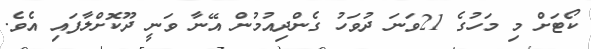
ކޯޓަށް މި މަހުގެ 21ވަނަ ދުވަހު ގެންދިއުމުން އޭނާ ވަނީ ދޫކޮށްލާފައި އެވެ.